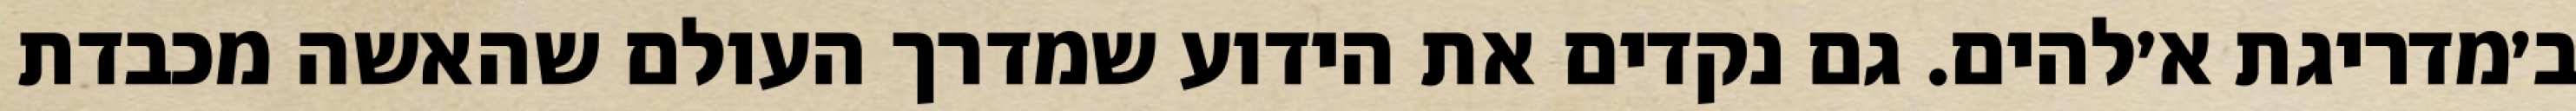
ב׳מדריגת א׳להים. גם נקדים את הידוע שמדרך העולם שהאשה מכבדת